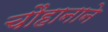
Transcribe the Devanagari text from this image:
चौहानाने